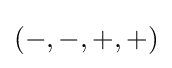
(-,-,+,+)